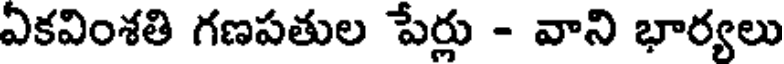
ఏకవింశతి గణపతుల పేర్లు - వాని భార్యలు